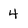
Character: 4